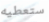
ستعطيه